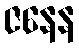
ဇနေန